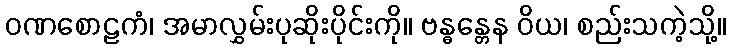
ဝဏစောဠကံ၊ အမာလွှမ်းပုဆိုးပိုင်းကို။ ဗန္ဓန္တေန ဝိယ၊ စည်းသကဲ့သို့။